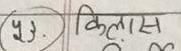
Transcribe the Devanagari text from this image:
(५३) क्लास